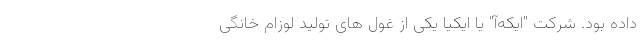
داده بود. شرکت "ایکه‌آ" یا ایکیا یکی از غول های تولید لوزام خانگی